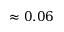
\approx 0 . 0 6